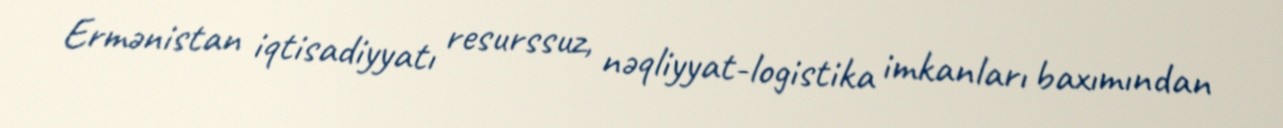
Ermənistan iqtisadiyyatı resurssuz, nəqliyyat-logistika imkanları baxımından